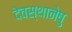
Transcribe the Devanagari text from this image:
देवस्थानेषु